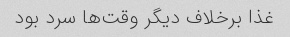
غذا برخلاف دیگر وقت‌ها سرد بود